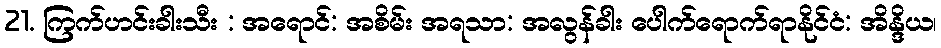
21. ကြက်ဟင်းခါးသီး : အရောင်: အစိမ်း အရသာ: အလွန်ခါး ပေါက်ရောက်ရာနိုင်ငံ: အိန္ဒိယ၊